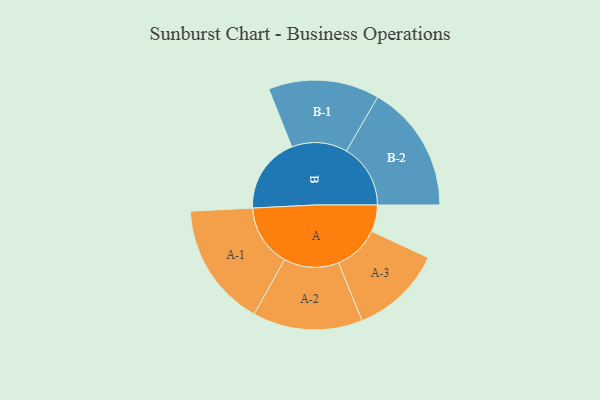
{"axis": {"x": "Segment", "y": "Value"}, "legend": ["", "A", "B"], "data": [{"x": "A", "y": 122, "type": ""}, {"x": "B", "y": 348, "type": ""}, {"x": "A-1", "y": 284, "type": "A"}, {"x": "A-2", "y": 251, "type": "A"}, {"x": "A-3", "y": 210, "type": "A"}, {"x": "B-1", "y": 254, "type": "B"}, {"x": "B-2", "y": 293, "type": "B"}]}